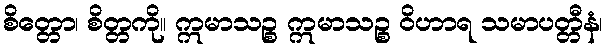
စိတ္တော၊ စိတ္တကို။ ဣမာသဉ္စ ဣမာသဉ္စ ဝိဟာရ သမာပတ္တီနံ၊